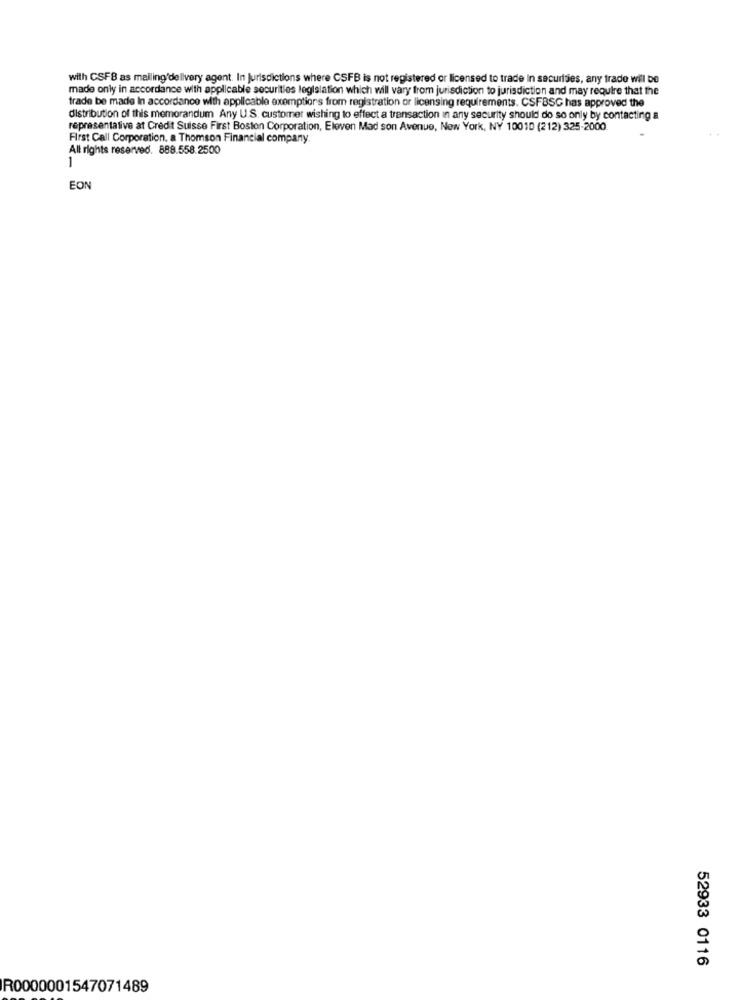
with CSFB as mailing'delivery agent. In Jurisdictions where CSFB is not registered or licensed to trade In securities, any trado will be
made only in accordance with applicable securities legislation which will vary from jurisdiction to jurisdiction and may require that the
trade be made In accordance with applicable exemptions from registration or licensing requirements. CSFBSC has approved the
distribution of this memorandum Any U.S. customer wishing to effect a transaction in any security should do so only by contacting a
representative at Credit Suisse First Boston Corporation, Eleven Mad son Avenue, New York, NY 10010 (212) 325-2000
First Call Corporation. a Thomson Financial company
All rights reserved. 888.558.2500
1
EON
52933 0116
R0000001547071489